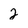
Character: 2